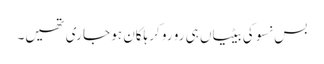
بس نسوکی بیٹیاں ہی رو رو کر ہلکان ہو جا ری تھیں۔